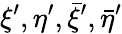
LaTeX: \xi^{\prime},\eta^{\prime},{\bar{\xi}}^{\prime},{\bar{\eta}}^{\prime}